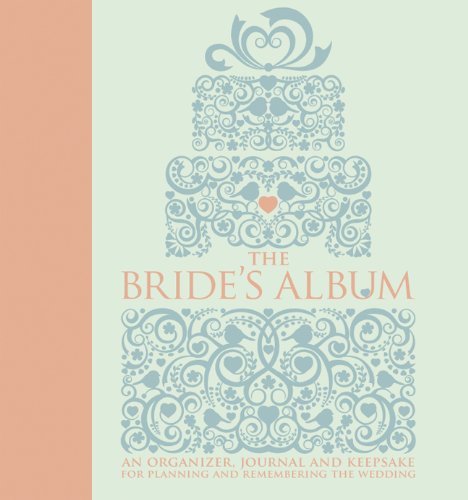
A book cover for The Bride's Album: An Organizer, Journal, and Keepsake for Planning and Remembering the Wedding; Crafts, Hobbies & Home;